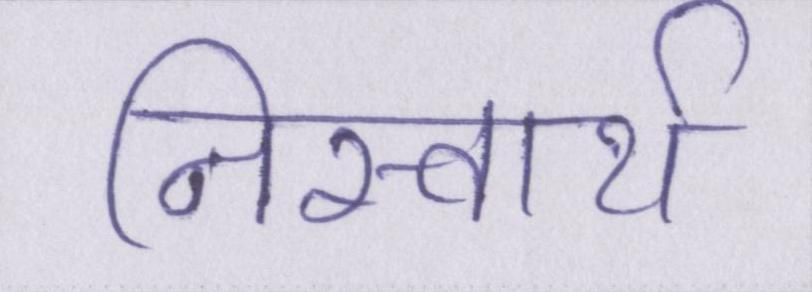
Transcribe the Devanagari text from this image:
निस्वार्थ